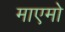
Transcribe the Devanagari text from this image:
माएमो